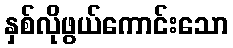
နှစ်လိုဖွယ်ကောင်းသော